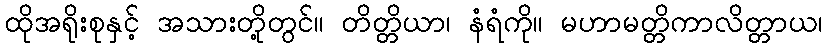
ထိုအရိုးစုနှင့် အသားတို့တွင်။ တိတ္တိယာ၊ နံရံကို။ မဟာမတ္တိကာလိတ္တာယ၊